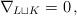
LaTeX: \begin{align*}\nabla_{L \sqcup K} = 0\,,\end{align*}